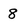
Character: 8